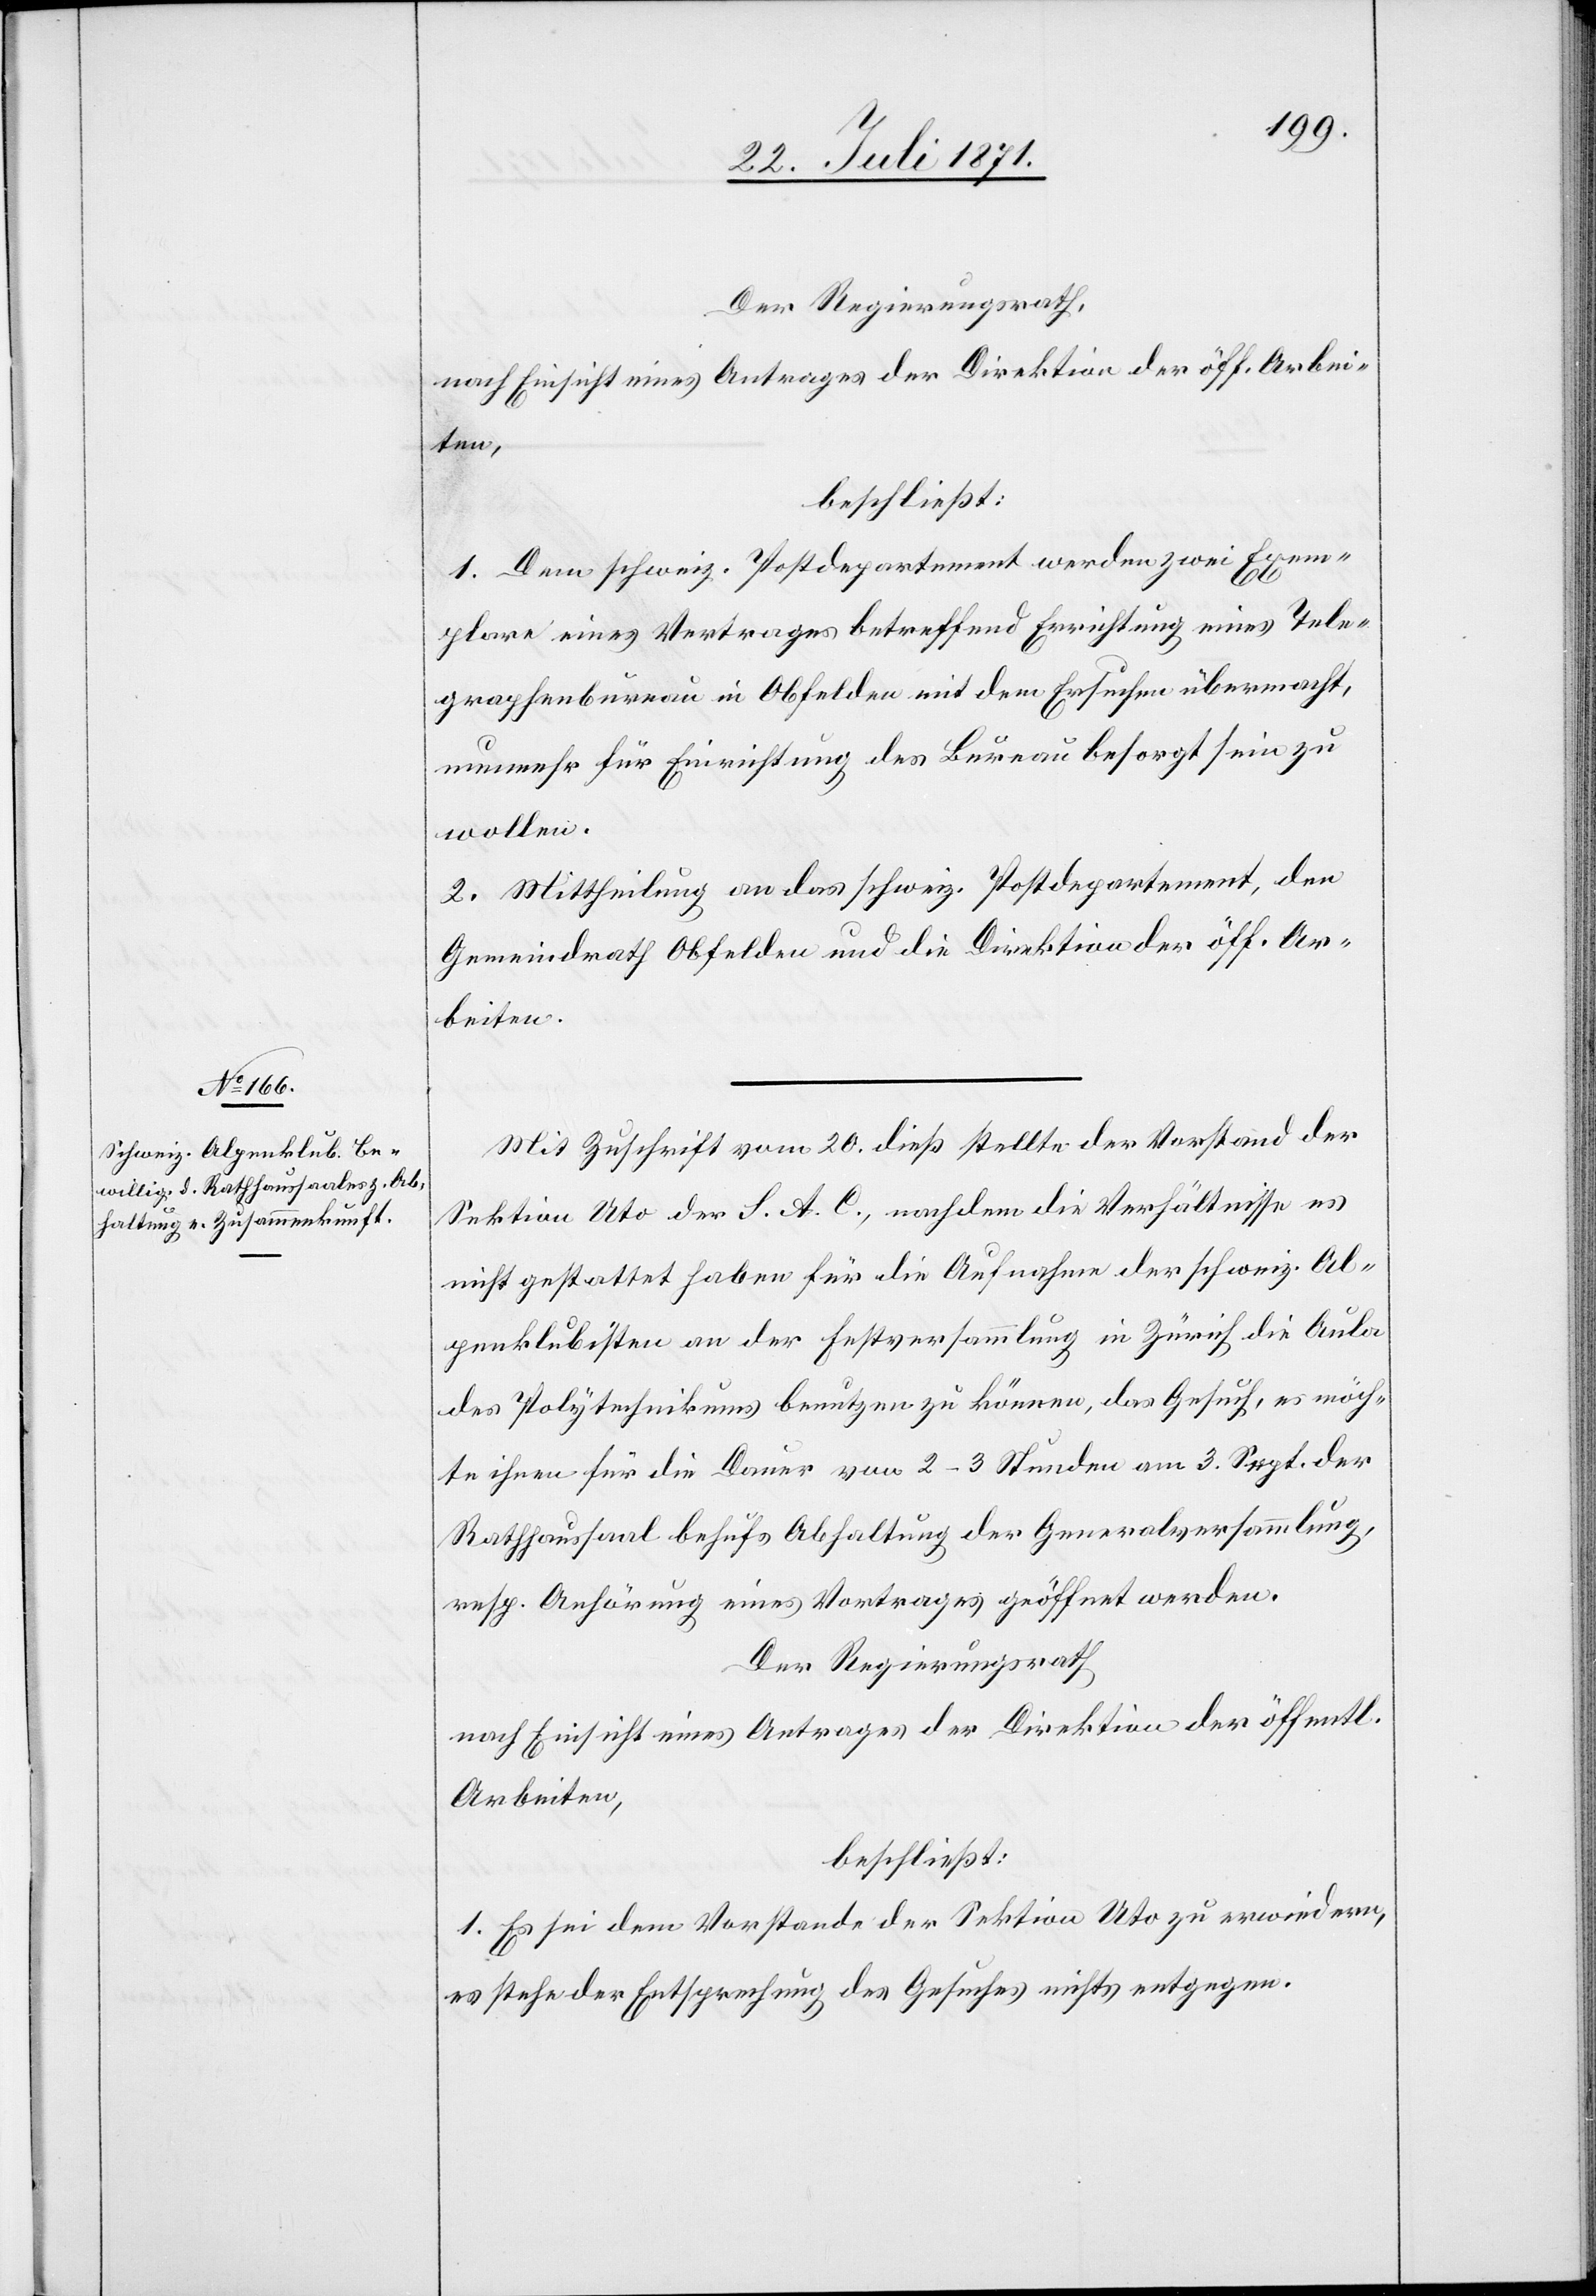
Der Regierungsrath,
nach Einsicht eines Antrages der Direktion der öff. Arbei¬
ten,
beschließt:
1. Dem schweiz. Postdepartement werden zwei Exem¬
plare eines Vertrages betreffend Errichtung eines Tele¬
graphenbureau in Obfelden mit dem Ersuchen übermacht,
nunmehr für Einrichtung des Bureau besorgt sein zu
wollen.
2. Mittheilung an das schweiz. Postdepartement, den
Gemeindrath Obfelden und die Direktion der öff. Ar¬
beiten.
Mit Zuschrift vom 20. dieß stellte der Vorstand der
Sektion Uto der S. A. C., nachdem die Verhältnisse es
nicht gestattet haben für die Aufnahme der schweiz. Al¬
penklubisten an der Festversammlung in Zürich die Aula
des Polytechnikums benutzen zu können, das Gesuch, es möch¬
te ihnen für die Dauer von 2–3 Stunden am 3. Sept. der
Rathhaussaal behufs Abhaltung der Generalversammlung,
resp. Anhörung eines Vortrages geöffnet werden.
Der Regierungsrath
nach Einsicht eines Antrages der Direktion der öffentl.
Arbeiten,
beschließt:
1. Es sei dem Vorstande der Sektion Uto zu erwiedern,
es stehe der Entsprechung des Gesuches nicht entgegen.